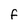
Character: F